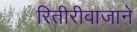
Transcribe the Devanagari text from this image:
रितीरीवाजाने